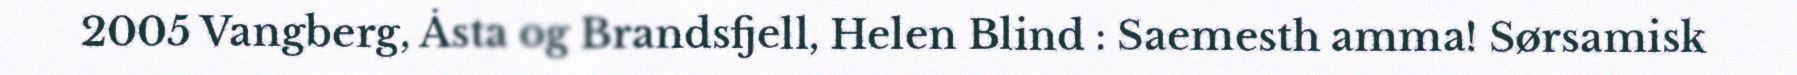
2005 Vangberg, Åsta og Brandsfjell, Helen Blind : Saemesth amma! Sørsamisk